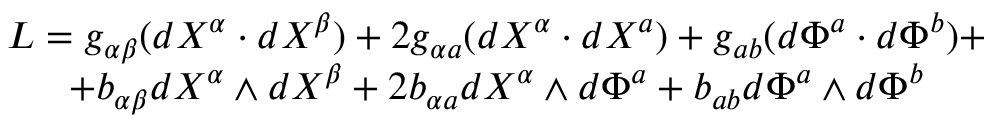
\begin{array} { c } { { L = g _ { \alpha \beta } ( d X ^ { \alpha } \cdot d X ^ { \beta } ) + 2 g _ { \alpha a } ( d X ^ { \alpha } \cdot d X ^ { a } ) + g _ { a b } ( d \Phi ^ { a } \cdot d \Phi ^ { b } ) + } } \\ { { + b _ { \alpha \beta } d X ^ { \alpha } \wedge d X ^ { \beta } + 2 b _ { \alpha a } d X ^ { \alpha } \wedge d \Phi ^ { a } + b _ { a b } d \Phi ^ { a } \wedge d \Phi ^ { b } } } \end{array}